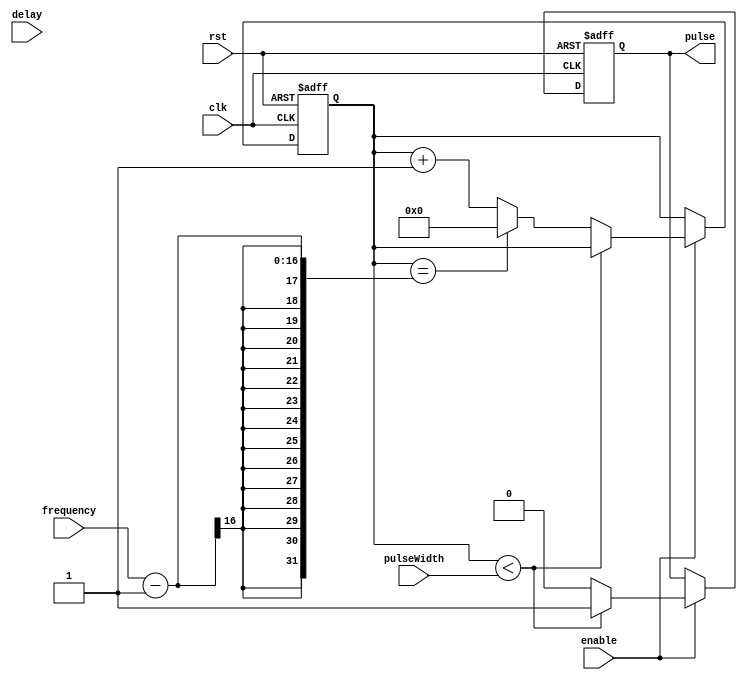
module PulseGenerator (
    input wire clk, // System clock
    input wire rst, // Reset signal
    input wire enable, // Enable signal
    input wire [15:0] pulseWidth, // Control for pulse width
    input wire [15:0] frequency, // Control for frequency
    input wire [15:0] delay, // Control for delay
    output reg pulse // Output pulse signal
);

reg [15:0] counter; // Counter for tracking pulse intervals

always @(posedge clk or posedge rst) begin
    if (rst) begin
        counter <= 0;
        pulse <= 0;
    end else begin
        if (enable) begin
            if (counter < pulseWidth) begin
                pulse <= 1;
            end else begin
                pulse <= 0;
                if (counter == (frequency - 1)) begin
                    counter <= 0;
                end else begin
                    counter <= counter + 1;
                end
            end
        end
    end
end

endmodule